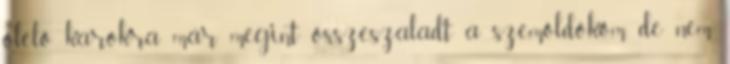
ölelő karokra már megint összeszaladt a szemöldököm, de nem